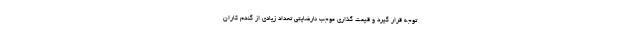
توجه قرار گیرد و قیمت گذاری موجب نارضایتی تعداد زیادی از گندم کاران